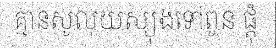
គ្មានសូលុយស្យុងទៅពូន ផ្តុំ